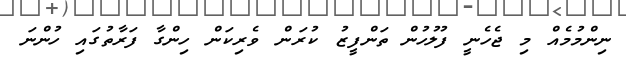
ނިންމުމެއް މި ޖެހެނީ ފުލުހުން ތަންފީޒު ކުރަން ވެރިކަން ހިިންގާ ފަރާތުގައި ހުންނަ